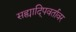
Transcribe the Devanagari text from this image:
सह्यादि्पवर्तावर